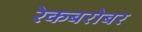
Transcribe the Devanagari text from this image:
रेकबरोबर